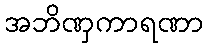
အဘိဏှကာရဏာ